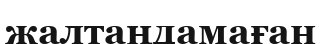
жалтаңдамаған